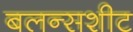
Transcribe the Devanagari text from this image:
बलन्सशीट